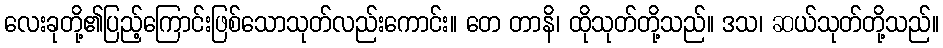
လေးခုတို့၏ပြည့်ကြောင်းဖြစ်သောသုတ်လည်းကောင်း။ တေ တာနိ၊ ထိုသုတ်တို့သည်။ ဒသ၊ ဆယ်သုတ်တို့သည်။